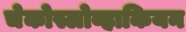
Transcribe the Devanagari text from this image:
चेकोस्लोव्हाकियन